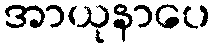
အာယုနာပေ